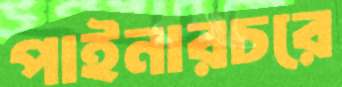
পাইনারচরে